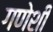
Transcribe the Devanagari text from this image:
गणेशी